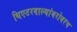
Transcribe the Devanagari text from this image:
थिएटरवाल्यांबरोबरच